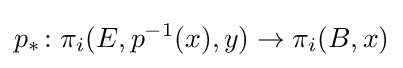
p_{*}\colon \pi _{i}(E,p^{-1}(x),y)\to \pi _{i}(B,x)